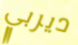
ديربي